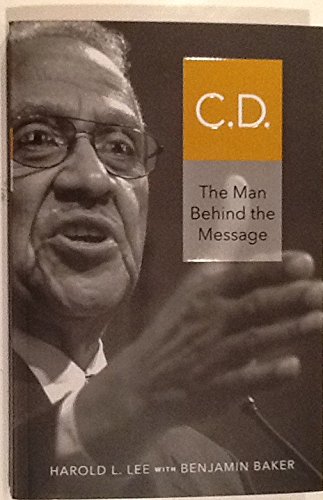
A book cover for C.D.: The Man Behind the Message; Harold L. Lee; Christian Books & Bibles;